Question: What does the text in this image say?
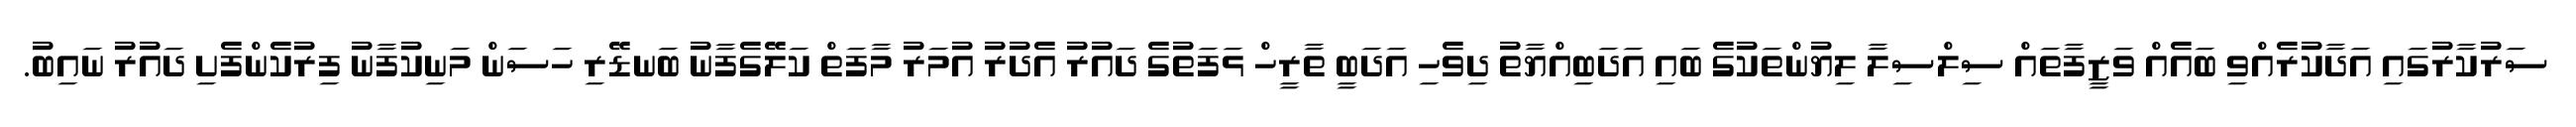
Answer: ސަރުކާރުގައި އަދާކުރެއްވި ބައެއް ވަޒީފާތައް ސިލްސިލާ ލިޔުންތަކުގެ ބައި އަދަބިއްޔާތު ދިވެހި އަދަބީ ތާރީހް ޅަފަތުގެ ދައުރު އެދުރު އުމަރު މާފަތް ކަލޭގެފާނު ބަނޑޭރި ހަސަން މަނިކުފާނު ފިރުކެންފެށި ދައުރު ނައިބު.